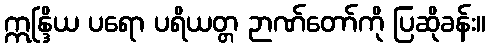
ဣန္ဒြိယ ပရော ပရိယတ္တ ဉာဏ်တော်ကို ပြဆိုခန်း။